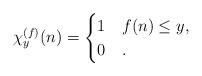
LaTeX: \begin{align*}\chi^{(f)}_y(n)=\begin{cases}1& f(n) \leq y,\\0& . \end{cases}\end{align*}